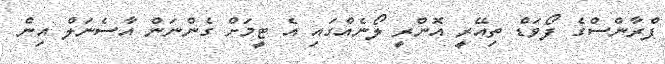
ފްރާންސްގެ ފޯވަޑް ތިއޭރީ އޮންރީ ލޯނެއްގައި އެ ޓީމަށް ގެންނަން އާސެނަލް އިން